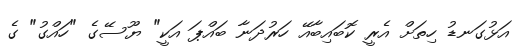
އަޅުގަނޑު ހިތަށް އެރީ ކޮބައިބާއޭ ހަރުދަނާ ބައްޕަ އަކީ" ޔޫސޭގެ "ހައްގު" ގެ